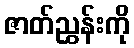
ဇာတ်ညွှန်းကို